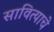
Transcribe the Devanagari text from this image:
सावित्याचे